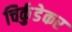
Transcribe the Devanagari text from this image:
चिर्कुडेकर